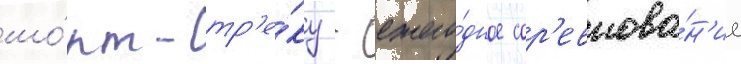
шо́рт-тр'е́ку - ежего́дное сор'евнова́н'ие